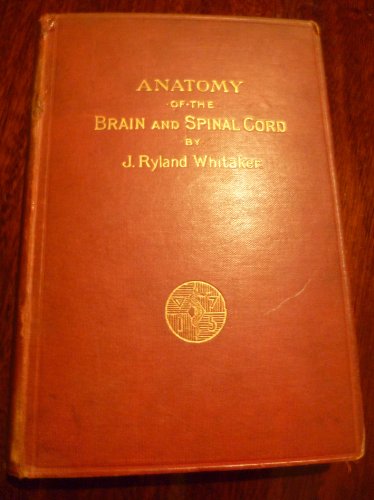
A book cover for Anatomy of the brain and spinal cord; J. Ryland Whitaker; Health, Fitness & Dieting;